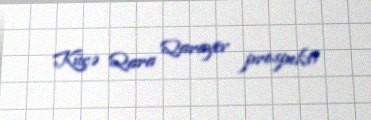
Küçə Qara Qarayev prospekti